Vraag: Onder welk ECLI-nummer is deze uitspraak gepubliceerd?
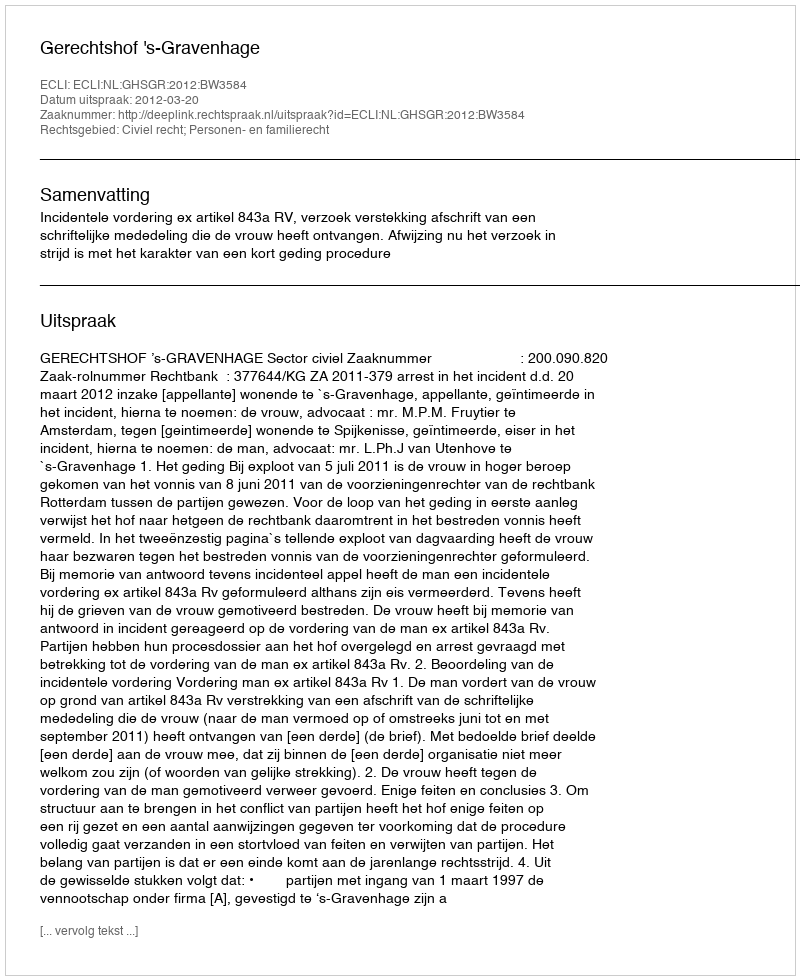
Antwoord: ECLI:NL:GHSGR:2012:BW3584